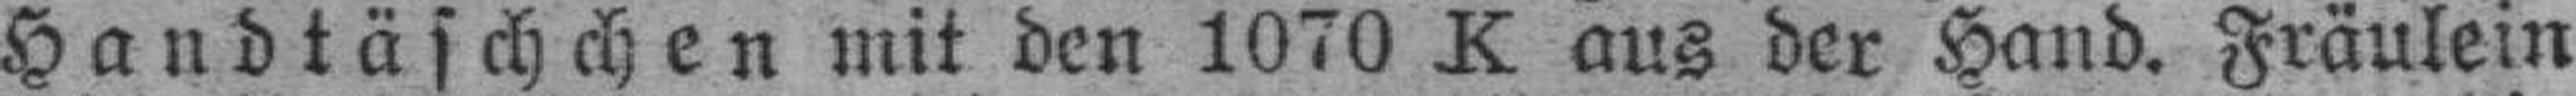
Handtäschchen mit den 1070 K aus der Hand. Fräulein